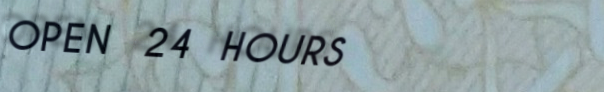
OPEN 24 HOURS